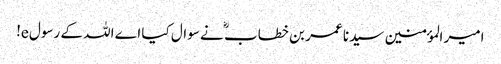
امیر المؤمنین سیدنا عمر بن خطاب ؓ نے سوال کیا اے اللہ کے رسول e!